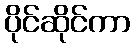
ပိုင်ဆိုင်ကာ